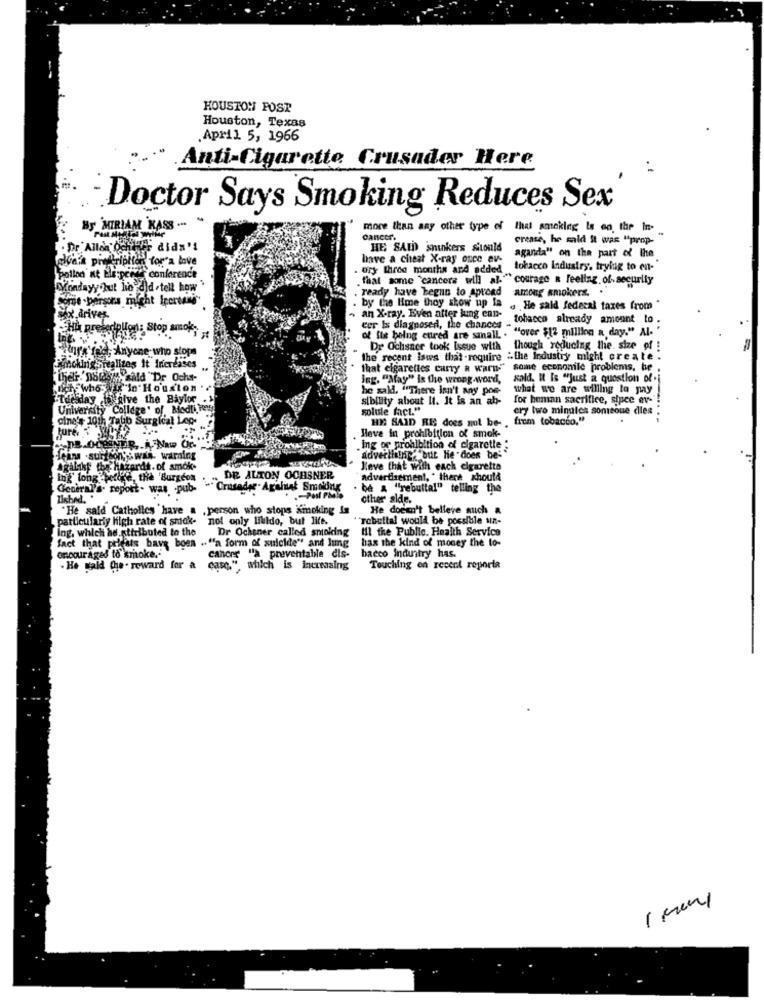
HOUSTON POST
Houston, Texas
.April 5, 1966
Anti-Cigarette Crusader Here
Doctor Says Smoking Reduces Sex
By MIRIAM KASS -
more than any other type of that smoking is on the In
cancer.
crease, he said it was "prop. "
. Dr Allen Ochilir didn't
HE SAID Snikers sitould
afera prediription topra love
have a cheat X-ray once ev-
aganda" on the part of the
ory three months and added
tobacco Industry. trying to en-
pollod nt Ele:perder conference
that some 'cancers will al-"" courage a feeling. of. security
Mondayy hut ho did .tell how
ready have begun to aprond
among smokers. .
Some .persons micht Iccreane'
- an X-ray. Even after lung enn-
by the Hme thoy show up Ia . He said federal taxes from "
Elx.drives
rives
tobacco already amount to .
Huk preferiplon: Stop smok
ter Is diagnosed, the chances - .
.""over $12 million a day." Al. "
of fle being cured are small. . "
chy's fale, Anyone who stops
Dr Ochsner took Issue with
though reducing the size of !
the recent isws that -require "the Industry might create.
Pmnoking realizes It Increases
that cigarettes curry a warn." some econonile problems, he ,
Bild "Dr Ocha-
ing. "May" is the wrong-word,
sald. It Is "Just a question of .i
Och who"x"in Houston
he sald. ""There isn't any poe-
what we are willing to pay
Tuesday .Wokgive the Baylor
sibility about It. It is an ab-
for beman sacrifice, sipee ev-
University College' of Modli,
solute fact."
ery two minutes someone dies :
cine's 10th Tabb Surgical Leg-
HI SAID RES does not be- , frem tobacco."
-18.00
Heve in prohibition of smok-
ing or prohibition of cigarette "
Seana -surtcon; was. warning
advertising, but he does be-
AgaLikt the hazards. of smok-
lleve that with each cigaretta
ing long berge, the 'Burgeon
DE ALTON OCHSNER
advertisement, " there should
General's- report - was -pub-
Crusader. Agalut Smoking
be a ""rebuttal" telling the
Lished. .
.- Posl PMbio
other side.
"He said Catholics have a .person who stops Kmoking Is
He doesn't belleve mich a
particularly high rate of smok-
not only liuldo, but life.
"rebuttal would be possible un-
Ing, which hd attributed to the
Dr Ochsner called smoking
til the Public. Health Service
fact that priests bave boen ."a form of suicide" and lung
has the kind of money the to-
encouraged to smoke.'
bacco Industry has.
cancer "a preventable dis-
- He said Che. reward for a case," which is increasing
Touching on recent reporta
1 many